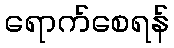
ရောက်စေရန်